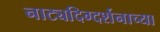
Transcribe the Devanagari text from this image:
नाट्यदिग्दर्शनाच्या